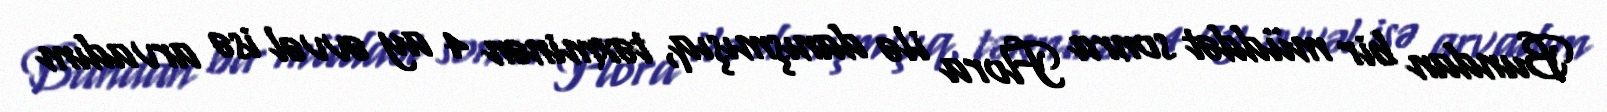
Bundan bir müddət sonra Flora ilə danışmışıq, təxminən 4 ay əvvəl isə arvadım